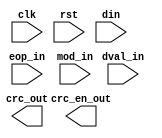
`timescale 1ns/1ps 

module c_xor_and_go_back_top

 # ( parameter   GO_BACK_STAGE            = 0 ,
                 PKT_NUM                  = 0 ,
                 GO_BACK_POLY             = 0 ,
                 C_POLY                   = 0
   )
( 
    input  clk   ,
    input  rst   ,

    input [PKT_NUM-1:0]     eop_in  ,
    input [PKT_NUM-1:0]     dval_in ,
    input [12*PKT_NUM-1:0]  mod_in  ,
    input [32*PKT_NUM-1:0]  din     ,
    
    output [PKT_NUM-1:0]     crc_en_out ,
    output [32*PKT_NUM-1:0] crc_out   


 ) ;







genvar i;
generate
        for (i=0; i<PKT_NUM; i=i+1) begin : multi_c_xor_go_back
            c_xor_and_go_back  
            
             # (              
                     .GO_BACK_STAGE ( GO_BACK_STAGE )    ,
                     .GO_BACK_POLY  ( GO_BACK_POLY  )    ,
                     .C_POLY        ( C_POLY ) 
               ) c_xor_and_go_back
            ( 
                        .clk ( clk )  ,
                        .rst ( rst )  ,
            
                        .eop_in  ( eop_in  [i]       ) ,
                        .dval_in ( dval_in [i]        ) ,
                        .mod_in  ( mod_in  [12*(i+1)-1 -: 12]            ) ,
                        .din     ( din     [32*(i+1)-1 -: 32]        ) ,
                                 
                        .crc_en_out  ( crc_en_out[i] ) ,
                        .crc_out     ( crc_out[32*(i+1)-1 -: 32]    )
            
            
             ) ;
        end
endgenerate


endmodule